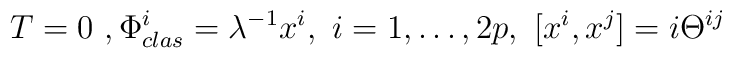
T=0 \ ,\Phi^i_{clas}=\lambda^{-1} x^i, \  i=1,\dots, 2p, \ [x^i,x^j]=i\Theta^{ij}